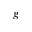
g